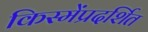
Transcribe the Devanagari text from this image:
किस्मेंप्रदर्शित